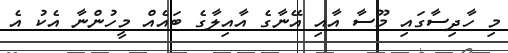
މި ހާދިސާގައި މޫސާ އާއި އޭނާގެ އާއިލާގެ ބައެއް މީހުންނާ އެކު އެ